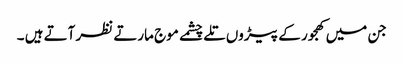
جن میں کھجور کے پیڑوں تلے چشمے موج مارتے نظر آتے ہیں ۔